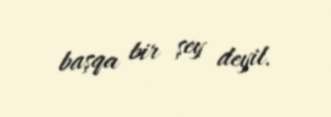
başqa bir şey deyil.